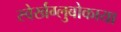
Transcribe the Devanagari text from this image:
स्वेर्खग्लुबोकाया